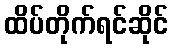
ထိပ်တိုက်ရင်ဆိုင်